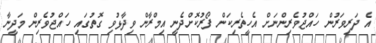
އެ ދަރިވަރުން ހައްޖުވެރިންނަށް އެހީތެރިކަން ފޯރުކޮށްދެނީ އިމްރާން ވިދާޅުވި ގޮތުގައި ހައްޖުވެރިން މަދީނާ